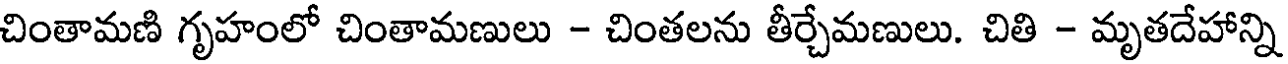
చింతామణి గృహంలో చింతామణులు - చింతలను తీర్చేమణులు. చితి - మృతదేహాన్ని